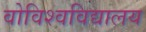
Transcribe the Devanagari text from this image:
वोविश्वविद्यालय